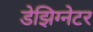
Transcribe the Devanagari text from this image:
डेझिग्नेटर